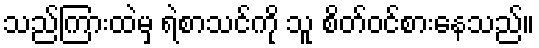
သည်ကြားထဲမှ ရဲစာသင်ကို သူ စိတ်ဝင်စားနေသည်။